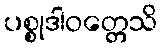
ပစ္စုဒါဝတ္တေသိ